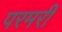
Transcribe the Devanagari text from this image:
परमरी